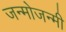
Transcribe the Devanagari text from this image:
जन्मोजन्मी